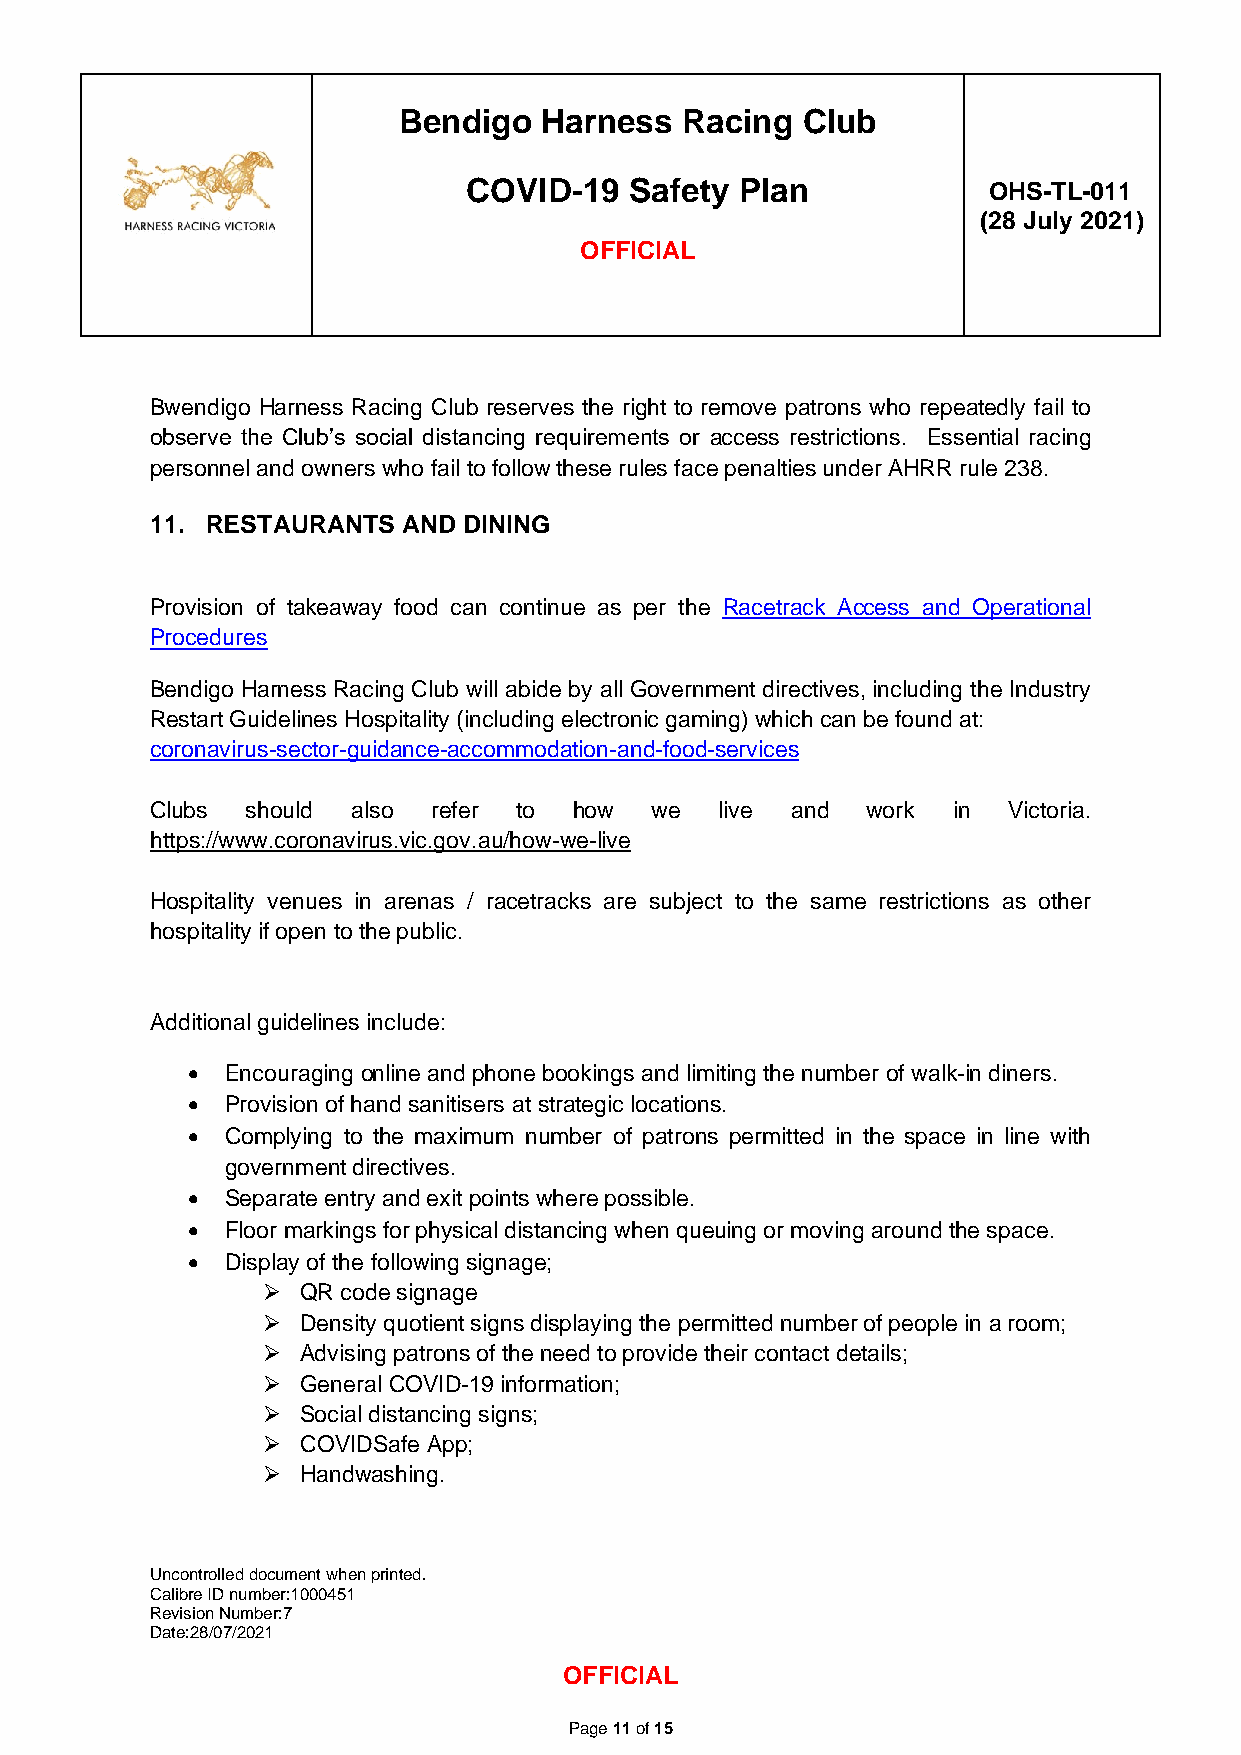
Bendigo   Harness  Racing  Club
 COVID-19   Safety Plan            OHS-TL-011
 (28 July 2021)
 OFFICIAL
 Bwendigo Harness Racing Club reserves the right to remove patrons who repeatedly fail to
 observe the Club’s social distancing requirements or access restrictions. Essential racing
 personnel and owners who fail to follow these rules face penalties under AHRR rule 238.
 11. RESTAURANTS  AND DINING
 Provision of takeaway food can continue as per the Racetrack Access and Operational
 Procedures
 Bendigo Harness Racing Club will abide by all Government directives, including the Industry
 Restart Guidelines Hospitality (including electronic gaming) which can be found at:
 coronavirus-sector-guidance-accommodation-and-food-services
 Clubs should also  refer to how  we   live and work  in  Victoria.
 https://www.coronavirus.vic.gov.au/how-we-live
 Hospitality venues in arenas / racetracks are subject to the same restrictions as other
 hospitality if open to the public.
 Additional guidelines include:
 •  Encouraging online and phone bookings and limiting the number of walk-in diners.
 •  Provision of hand sanitisers at strategic locations.
 •  Complying to the maximum number of patrons permitted in the space in line with
 government directives.
 •  Separate entry and exit points where possible.
 •  Floor markings for physical distancing when queuing or moving around the space.
 •  Display of the following signage;
 ➢  QR code signage
 ➢  Density quotient signs displaying the permitted number of people in a room;
 ➢  Advising patrons of the need to provide their contact details;
 ➢  General COVID-19 information;
 ➢  Social distancing signs;
 ➢  COVIDSafe App;
 ➢  Handwashing.
 Uncontrolled document when printed.
 Calibre ID number:1000451
 Revision Number:7
 Date:28/07/2021
 OFFICIAL
 Page 11 of 15